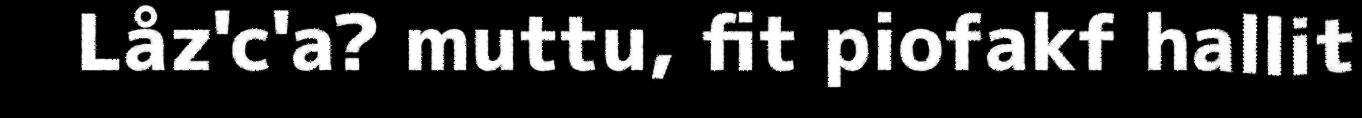
Låz'c'a? muttu, fit piofakf hallit